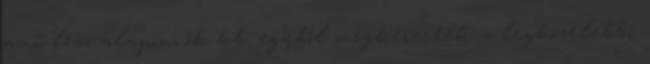
ami lesz alapon, ők kb. egyből megkeresték a legközelebbi